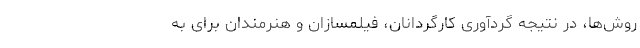
روش‌ها، در نتیجه گردآوری کارگردانان، فیلمسازان و هنرمندان برای به